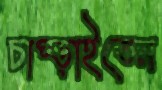
চাপ্‌ড়াইতেন